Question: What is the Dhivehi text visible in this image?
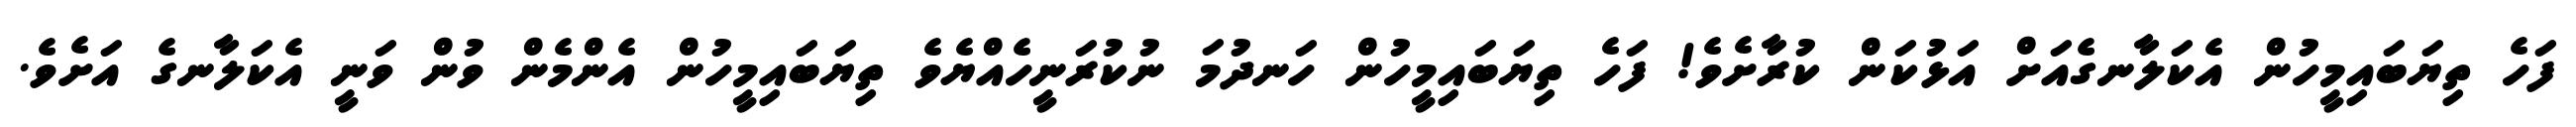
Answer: ފަހެ ތިޔަބައިމީހުން އެކަލާނގެއަށް އަޅުކަން ކުރާށެވެ! ފަހެ ތިޔަބައިމީހުން ހަނދުމަ ނުކުރަނީހެއްޔެވެ ތިޔަބައިމީހުން އެންމެން ވުން ވަނީ އެކަލާނގެ އަށެވެ.